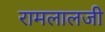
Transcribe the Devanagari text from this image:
रामलालजी